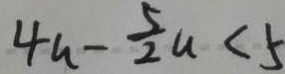
4 a - \frac { 5 } { 2 } a < 5